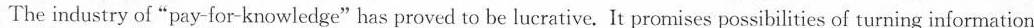
The industry of "pay-for-knowledge"has proved to be lucrative. It prornises possibilities of turning information